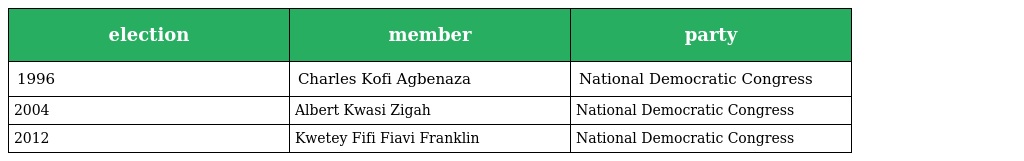
| election | member | party |
 | --- | --- | --- |
 | 1996 | Charles Kofi Agbenaza | National Democratic Congress |
 | 2004 | Albert Kwasi Zigah | National Democratic Congress |
 | 2012 | Kwetey Fifi Fiavi Franklin | National Democratic Congress |